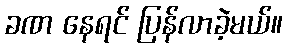
ခဏ နေရင် ပြန်လာခဲ့မယ်။